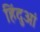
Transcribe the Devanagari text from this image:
हिंदुआं